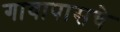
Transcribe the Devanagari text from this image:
गावापासचे